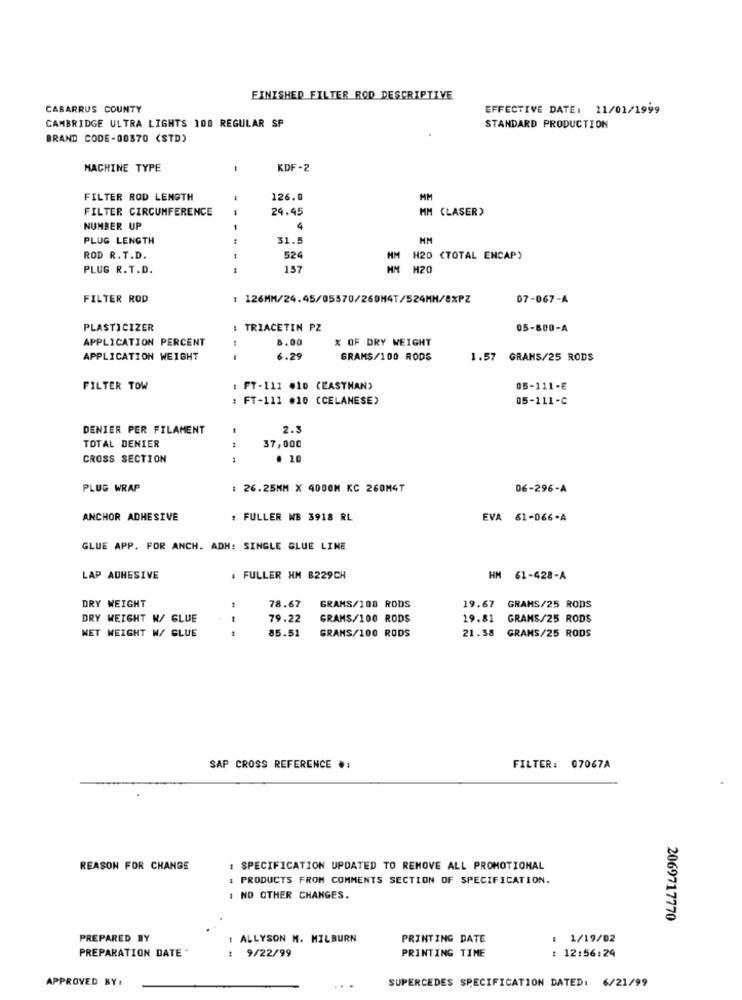
FINISHED FILTER ROD DESCRIPTIVE
CABARRUS COUNTY
EFFECTIVE DATE: 11/01/1999
CAMBRIDGE ULTRA LIGHTS 100 REGULAR SP
STANDARD PRODUCTION
BRAND CODE-00370 (STD)
MACHINE TYPE
-
KDF-2
FILTER ROD LENGTH
126.0
MM
FILTER CIRCUMFERENCE
- -
24.45
MM CLASER)
NUMBER UP
1
4
PLUG LENGTH
31.5
HM
ROD R. T.D.
524
MM
H20 (TOTAL ENCAP)
PLUG R. T.D.
157
H20
FILTER ROD
1 126MM/24.45/05570/269H4T/524MH/8%PZ
07-067-A
PLASTICIZER
: TRIACETIN PZ
05-800-A
APPLICATION PERCENT
8.00
% OF DRY WEIGHT
APPLICATION WEIGHT
6.29
GRAMS/100 RODS
1.57 GRAMS/25 RODS
FILTER TOW
: FT-111 .10 (EASTMAN>
05-111-E
: FT-111 #10 (CELANESE)
05-111-C
DENIER PER FILAMENT
2.5
TOTAL DENIER
37,000
CROSS SECTION
. 10
PLUG WRAP
: 26.25MM X 4000M KC 260M4T
06-296-A
ANCHOR ADHESIVE
: FULLER ME 3918 RL
EVA 61-066-A
GLUE APP. FOR ANCH. ADM: SINGLE GLUE LINE
LAP ADHESIVE
. FULLER HM B229CH
HM 61-428-A
DRY WEIGHT
78.67
GRAMS/108 RODS
19.67
GRAMS/25 RODS
DRY WEIGHT W/ GLUE
79.22
GRANS/100 RODS
19.81
GRANS/25 RODS
NET WEIGHT W/ GLUE
85.51
GRAMS/100 RODS
21.38 GRAMS/25 RODS
SAP CROSS REFERENCE *:
FILTER: 07067A
REASON FOR CHANGE
: SPECIFICATION UPDATED TO REMOVE ALL PROMOTIONAL
: PRODUCTS FROM COMMENTS SECTION OF SPECIFICATION.
1 NO OTHER CHANGES.
2069717770
PREPARED BY
ALLYSON M. MILBURN
PRINTING DATE
: 1/19/02
PREPARATION DATE
PRINTING TIME
12:56:24
: 9/22/99
APPROVED BY:
SUPERCEDES SPECIFICATION DATED: 6/21/99